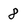
Character: 8